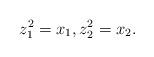
LaTeX: \begin{align*}z^2_1=x_1, z_2^2=x_2.\end{align*}